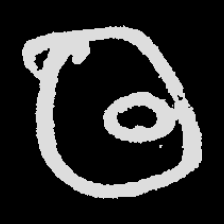
Pyu character \u2014 Myanmar letter: ထ (romanized: tha)